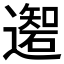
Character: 𲆄